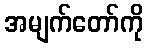
အမျက်တော်ကို